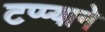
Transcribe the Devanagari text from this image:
टप्प्याने